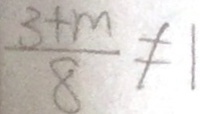
\frac { 3 + m } { 8 } \neq 1